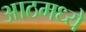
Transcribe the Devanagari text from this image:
आठमध्ये